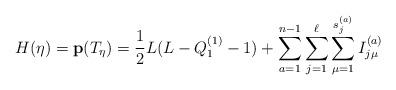
LaTeX: \begin{align*}H(\eta)={\bf p}(T_{\eta})={1\over2}L(L-Q_1^{(1)}-1)+\sum_{a=1}^{n-1}\sum_{j=1}^{\ell}\sum_{\mu=1}^{s_j^{(a)}} I_{j \mu}^{(a)}\end{align*}